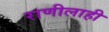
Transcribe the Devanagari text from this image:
राणीलाही